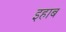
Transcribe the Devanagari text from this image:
इहाब